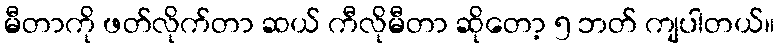
မီတာကို ဖတ်လိုက်တာ ဆယ် ကီလိုမီတာ ဆိုတော့ ၅ ဘတ် ကျပါတယ်။